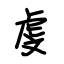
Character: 虔